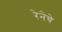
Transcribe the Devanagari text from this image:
रेनेचे